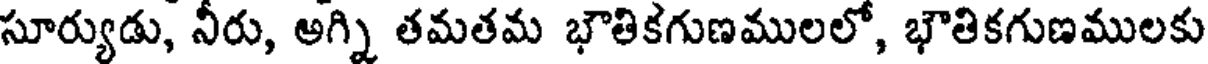
సూర్యుడు, నీరు, అగ్ని తమతమ భౌతికగుణములలో, భౌతికగుణములకు